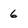
Character: 6